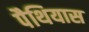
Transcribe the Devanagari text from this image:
पैथियास